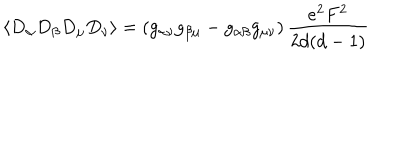
\langle D _ { \alpha } D _ { \beta } D _ { \mu } D _ { \nu } \rangle = \left( g _ { \alpha \nu } g _ { \beta \mu } - g _ { \alpha \beta } g _ { \mu \nu } \right) \frac { e ^ { 2 } F ^ { 2 } } { 2 d ( d - 1 ) }